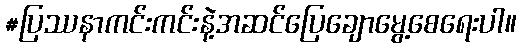
#ပြဿနာကင်းကင်းနဲ့အဆင်ပြေချောမွေ့စေရေးပါ။